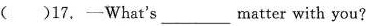
( )17. ——What's___ matter with you?